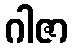
ဂါဇာ